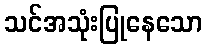
သင်အသုံးပြုနေသော